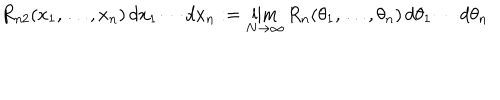
R _ { n 2 } ( x _ { 1 } , \ldots , x _ { n } ) \, d x _ { 1 } \cdots d x _ { n } : = \lim _ { N \rightarrow \infty } R _ { n } ( \theta _ { 1 } , \ldots , \theta _ { n } ) \, d \theta _ { 1 } \cdots d \theta _ { n }